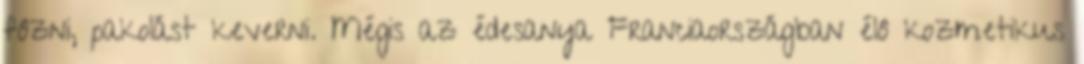
fôzni, pakolást keverni. Mégis az édesanya Franciaországban élô kozmetikus